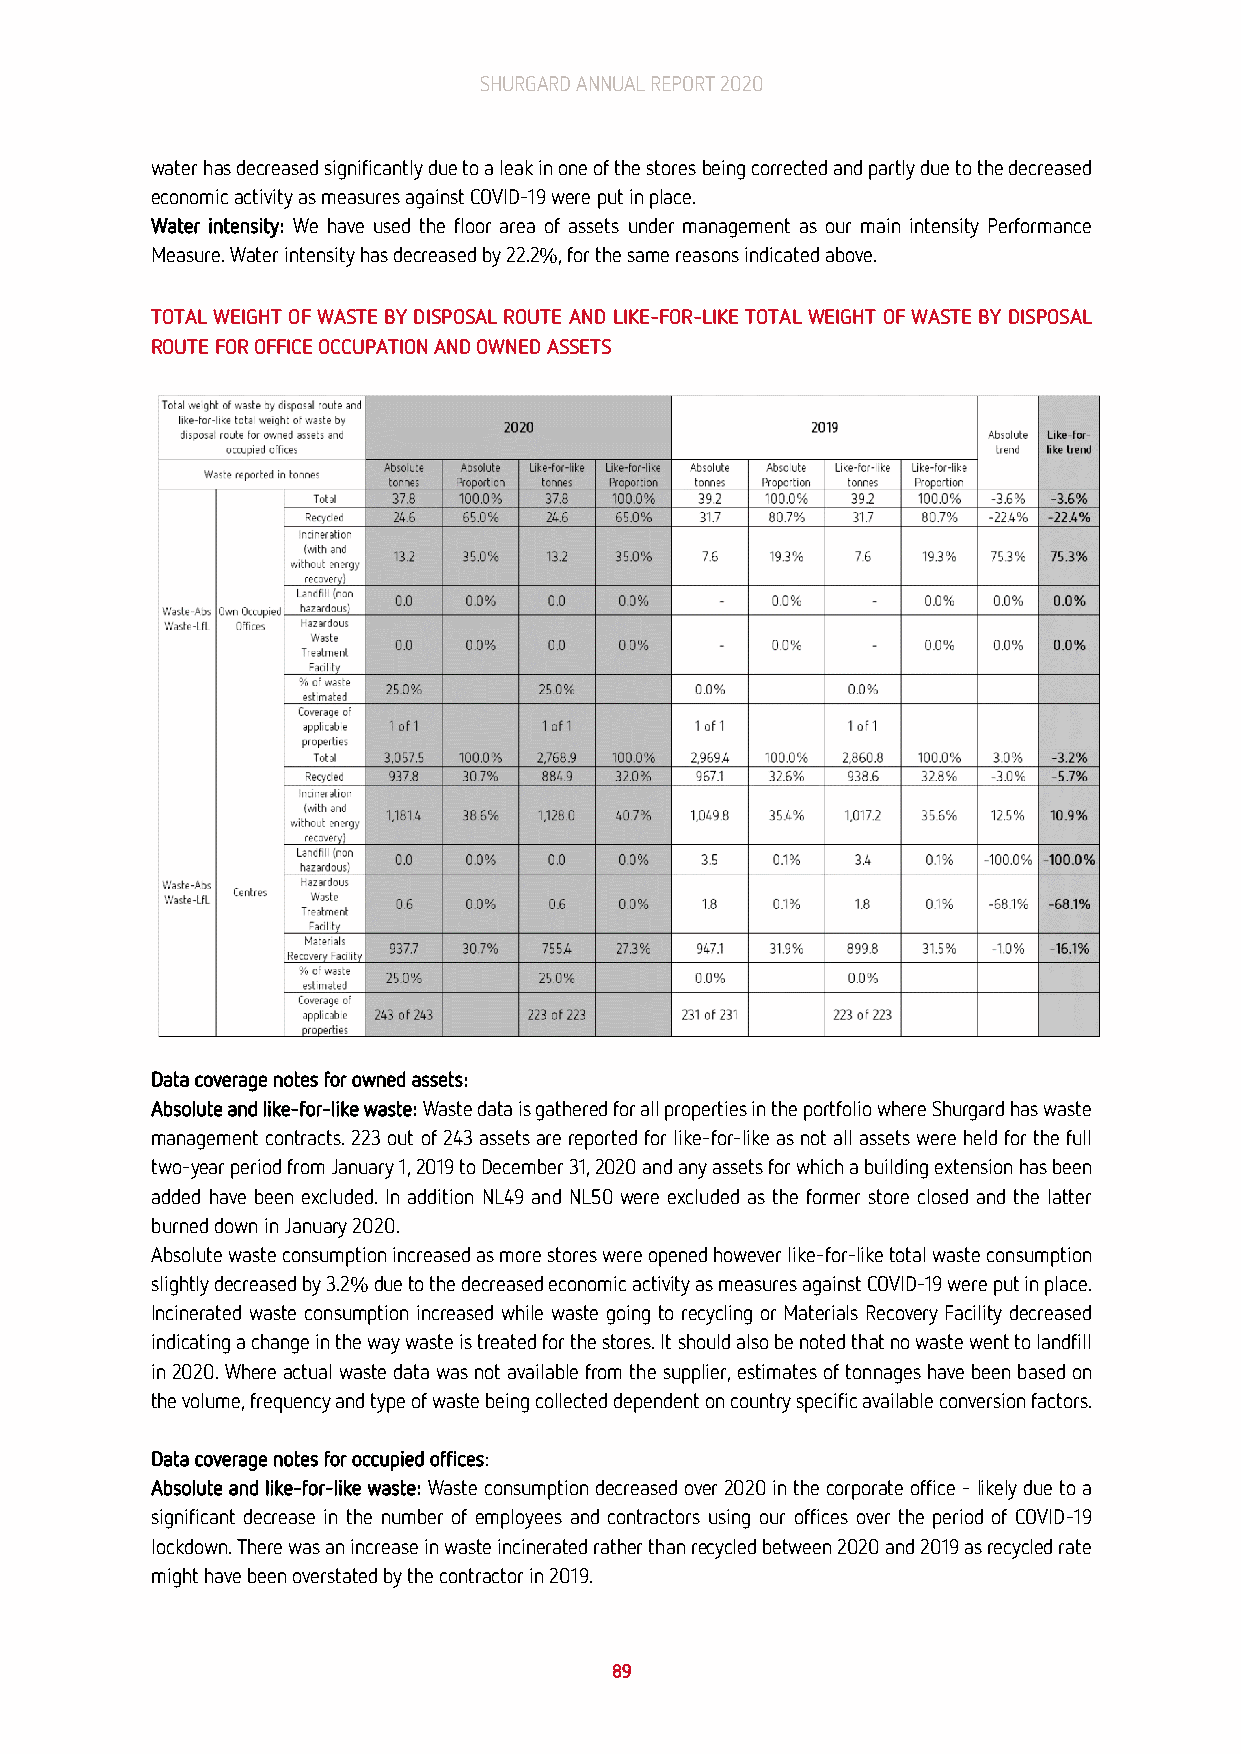
SHURGARD ANNUAL REPORT 2020
 water has decreased significantly due to a leak in one of the stores being corrected and partly due to the decreased
 economic activity as measures against COVID-19 were put in place.
 Water intensity: We have used the floor area of assets under management as our main intensity Performance
 Measure. Water intensity has decreased by 22.2%, for the same reasons indicated above.
 TOTAL WEIGHT OF WASTE BY DISPOSAL ROUTE AND LIKE-FOR-LIKE TOTAL WEIGHT OF WASTE BY DISPOSAL
 ROUTE FOR OFFICE OCCUPATION AND OWNED ASSETS
 Data coverage notes for owned assets:
 Absolute and like-for-like waste: Waste data is gathered for all properties in the portfolio where Shurgard has waste
 management contracts. 223 out of 243 assets are reported for like-for-like as not all assets were held for the full
 two-year period from January 1, 2019 to December 31, 2020 and any assets for which a building extension has been
 added have been excluded. In addition NL49 and NL50 were excluded as the former store closed and the latter
 burned down in January 2020.
 Absolute waste consumption increased as more stores were opened however like-for-like total waste consumption
 slightly decreased by 3.2% due to the decreased economic activity as measures against COVID-19 were put in place.
 Incinerated waste consumption increased while waste going to recycling or Materials Recovery Facility decreased
 indicating a change in the way waste is treated for the stores. It should also be noted that no waste went to landfill
 in 2020. Where actual waste data was not available from the supplier, estimates of tonnages have been based on
 the volume, frequency and type of waste being collected dependent on country specific available conversion factors.
 Data coverage notes for occupied offices:
 Absolute and like-for-like waste: Waste consumption decreased over 2020 in the corporate office – likely due to a
 significant decrease in the number of employees and contractors using our offices over the period of COVID-19
 lockdown. There was an increase in waste incinerated rather than recycled between 2020 and 2019 as recycled rate
 might have been overstated by the contractor in 2019.
 89